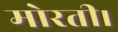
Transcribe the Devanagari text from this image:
मोरती।